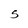
Character: S